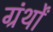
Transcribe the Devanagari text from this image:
ग्रंर्थों